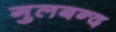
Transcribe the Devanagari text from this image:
गुलबन्द